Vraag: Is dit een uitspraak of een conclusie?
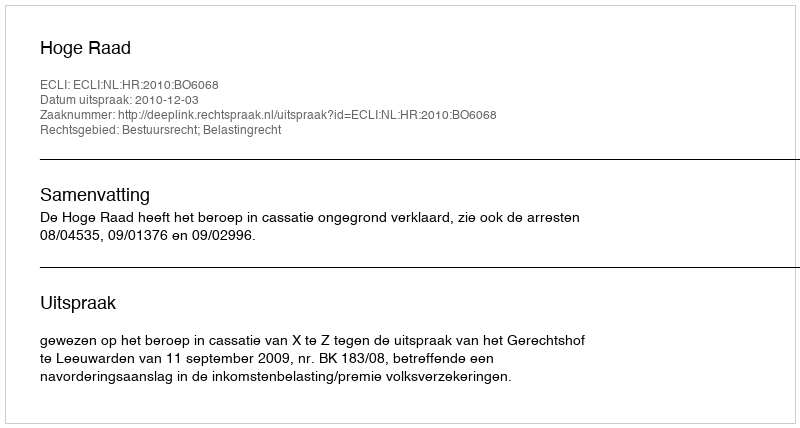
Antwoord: Uitspraak